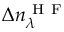
\Delta n _ { \lambda } ^ { \mathrm { ~ H ~ F ~ } }